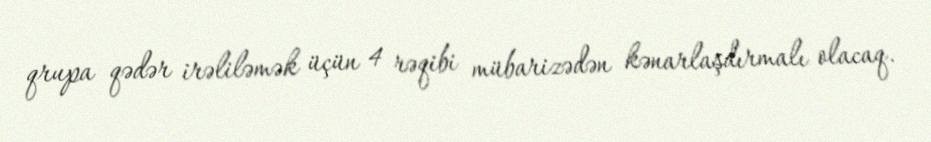
qrupa qədər irəliləmək üçün 4 rəqibi mübarizədən kənarlaşdırmalı olacaq.